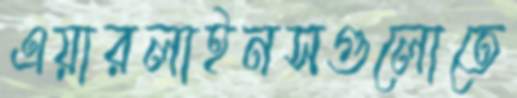
এয়ারলাইনসগুলোতে